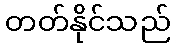
တတ်နိုင်သည်